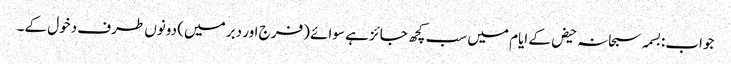
جواب:بسمہ سبحانہ حیض کے ایام میں سب کچھ جائز ہے سوائے (فرج اور دبر میں) دونوں طرف دخول کے۔